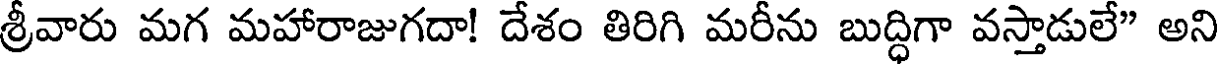
శ్రీవారు మగ మహారాజుగదా! దేశం తిరిగి మరీను బుద్ధిగా వస్తాడులే" అని